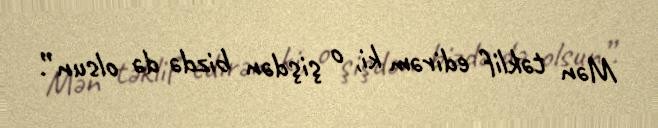
Mən təklif edirəm ki, o şişdən bizdə də olsun”.